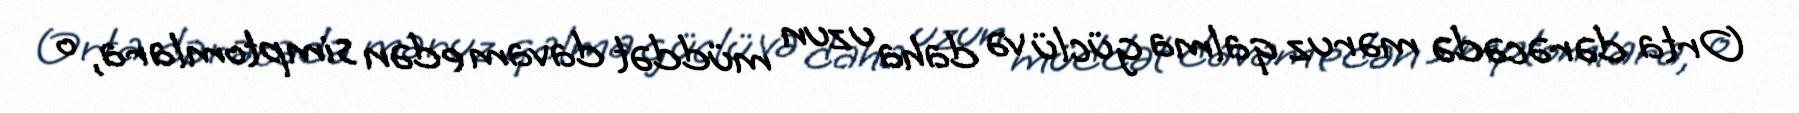
Orta dərəcədə məruz qalma güclü və daha uzun müddət davam edən simptomlara, o